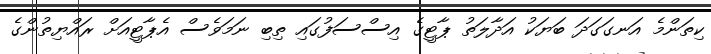
ކިތަންމެ އަނގަގަދަ ބަޔަކު އަދާލަތު ޕާޓީގެ އިސްސަފުގައި ތިބި ނަމަވެސް އެޕާޓީއަށް ރައްޔިތުންގެ